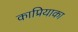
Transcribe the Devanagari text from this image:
काप्रियाका